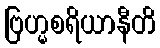
ဗြဟ္မစရိယာနီတိ